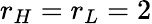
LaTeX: r_{H}=r_{L}=2